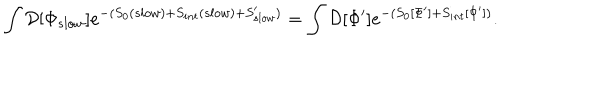
LaTeX: \int { \cal D } [ \Phi _ { s l o w } ] e ^ { - ( S _ { 0 } ( s l o w ) + S _ { i n t } ( s l o w ) + S _ { s l o w } ^ { \prime } ) } = \int { \cal D } [ \Phi ^ { \prime } ] e ^ { - ( S _ { 0 } [ \Phi ^ { \prime } ] + S _ { i n t } [ \Phi ^ { \prime } ] ) } .